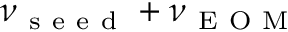
\nu _ { \mathrm { ~ s ~ e ~ e ~ d ~ } } + \nu _ { \mathrm { ~ E ~ O ~ M ~ } }